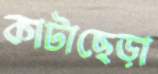
কাটাছেড়া